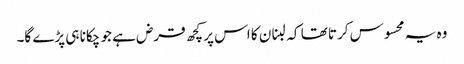
وہ یہ محسوس کرتا تھا کہ لبنان کا اس پر کچھ قرض ہے جو چکانا ہی پڑے گا۔